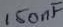
Text: 150nF